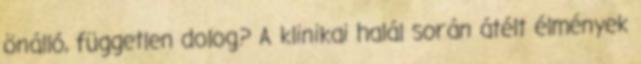
önálló, független dolog? A klinikai halál során átélt élmények